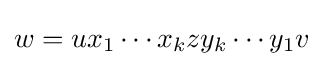
w=ux_{1}\cdots x_{k}zy_{k}\cdots y_{1}v